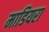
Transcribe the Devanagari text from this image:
माडियरा